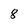
Character: 8